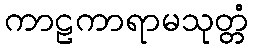
ကာဠကာရာမသုတ္တံ